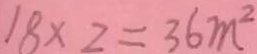
1 8 \times 2 = 3 6 m ^ { 2 }